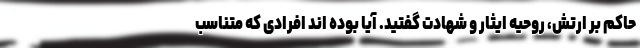
حاکم بر ارتش، روحیه ایثار و شهادت گفتید. آیا بوده اند افرادی که متناسب